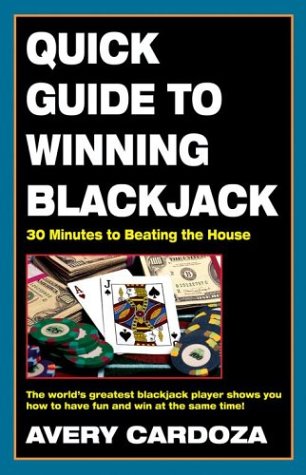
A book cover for Quick Guide to Winning Blackjack, 2nd Edition: 30 Minutes to Beating the House; Avery Cardoza; Humor & Entertainment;